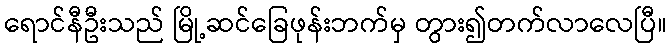
ရောင်နီဦးသည် မြို့ဆင်ခြေဖုန်းဘက်မှ တွား၍တက်လာလေပြီ။